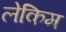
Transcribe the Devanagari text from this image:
लेकिम